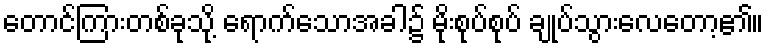
တောင်ကြားတစ်ခုသို့ ရောက်သောအခါ၌ မိုးစုပ်စုပ် ချုပ်သွားလေတော့၏။